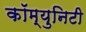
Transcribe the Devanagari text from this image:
कॉम्‍युनिटी